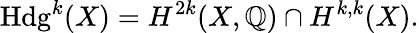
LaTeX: \operatorname{Hdg}^{k}(X)=H^{2k}(X,\mathbb{Q})\cap H^{k,k}(X).